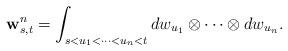
LaTeX: \begin{align*}\mathbf{w}_{s,t}^{n}= \int_{s<u_{1}<\cdots<u_{n}<t}dw_{u_{1}}\otimes\cdots\otimes dw_{u_{n}} .\end{align*}